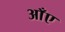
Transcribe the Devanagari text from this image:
आँए